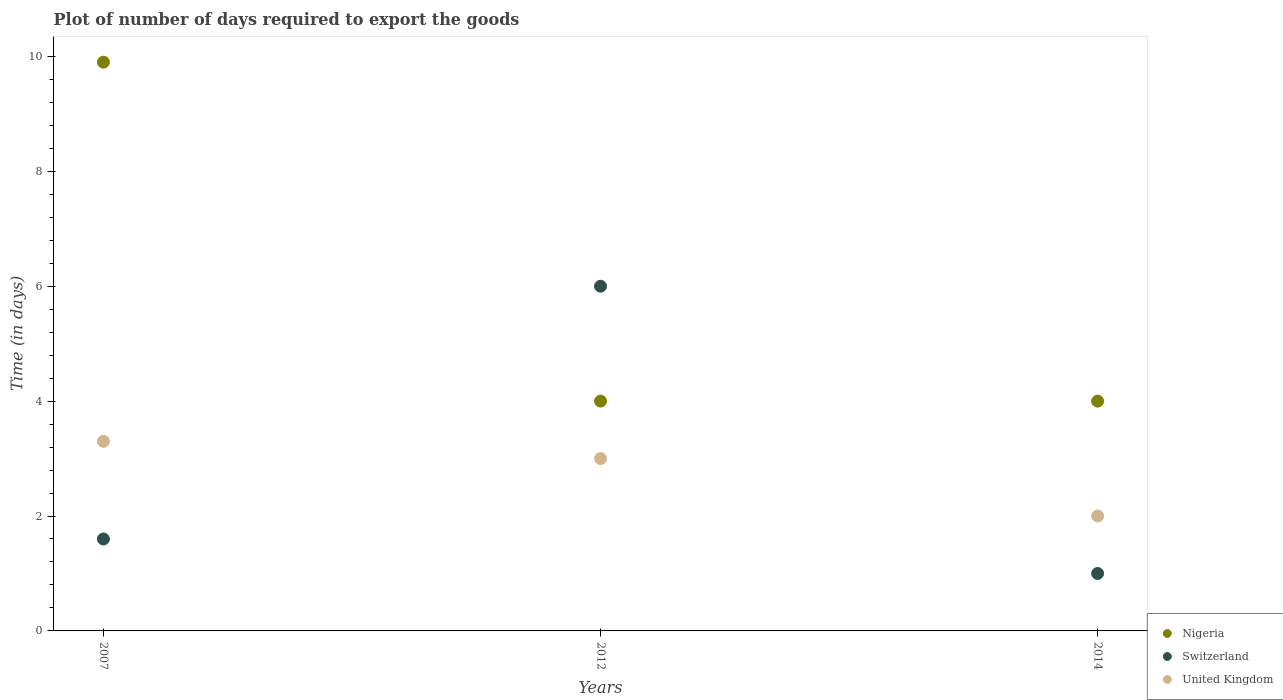
| Years | Nigeria | Switzerland | United Kingdom |
 | --- | --- | --- | --- |
 | 2007 | 9.9 | 1.6 | 3.3 |
 | 2012 | 4 | 6 | 3 |
 | 2014 | 4 | 1 | 2 |